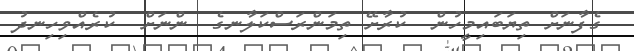
ގެފާނަށް ތިޔަބައިމީހުން  ކުރާށޭ ތިމަންރަސްކަލާނގެ  ންނަށް  ކުރެއްވިހިނދު